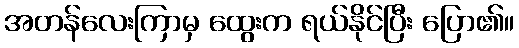
အတန်လေးကြာမှ ထွေးက ရယ်နိုင်ပြီး ပြော၏။